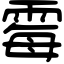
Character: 霉